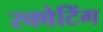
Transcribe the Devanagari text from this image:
स्क्वेटिंग